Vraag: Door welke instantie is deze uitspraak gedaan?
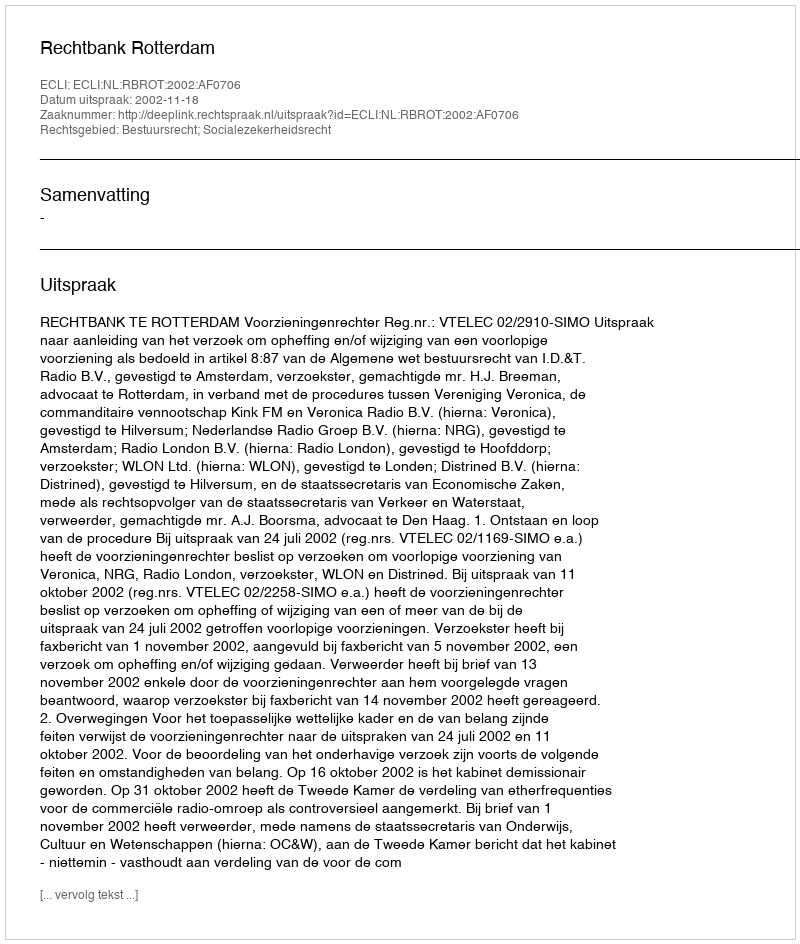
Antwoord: Rechtbank Rotterdam